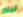
لينو